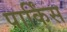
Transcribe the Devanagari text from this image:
पार्किंस